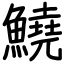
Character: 鱙